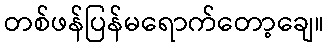
တစ်ဖန်ပြန်မရောက်တော့ချေ။